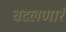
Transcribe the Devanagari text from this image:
बदलणारं